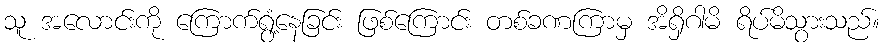
သူ အလောင်းကို ကြောက်ရွံ့နေခြင်း ဖြစ်ကြောင်း တစ်ခဏကြာမှ အိရှိဂါမိ ရိပ်မိသွားသည်။